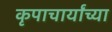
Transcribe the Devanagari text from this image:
कृपाचार्यांच्या